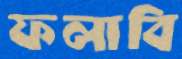
ফলাবি